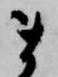
ま